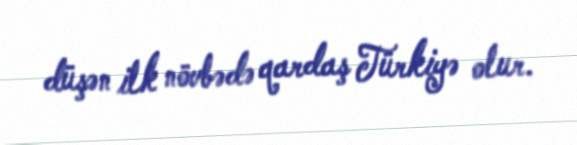
düşən ilk növbədə qardaş Türkiyə olur.